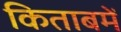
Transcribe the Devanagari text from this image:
किताबमें